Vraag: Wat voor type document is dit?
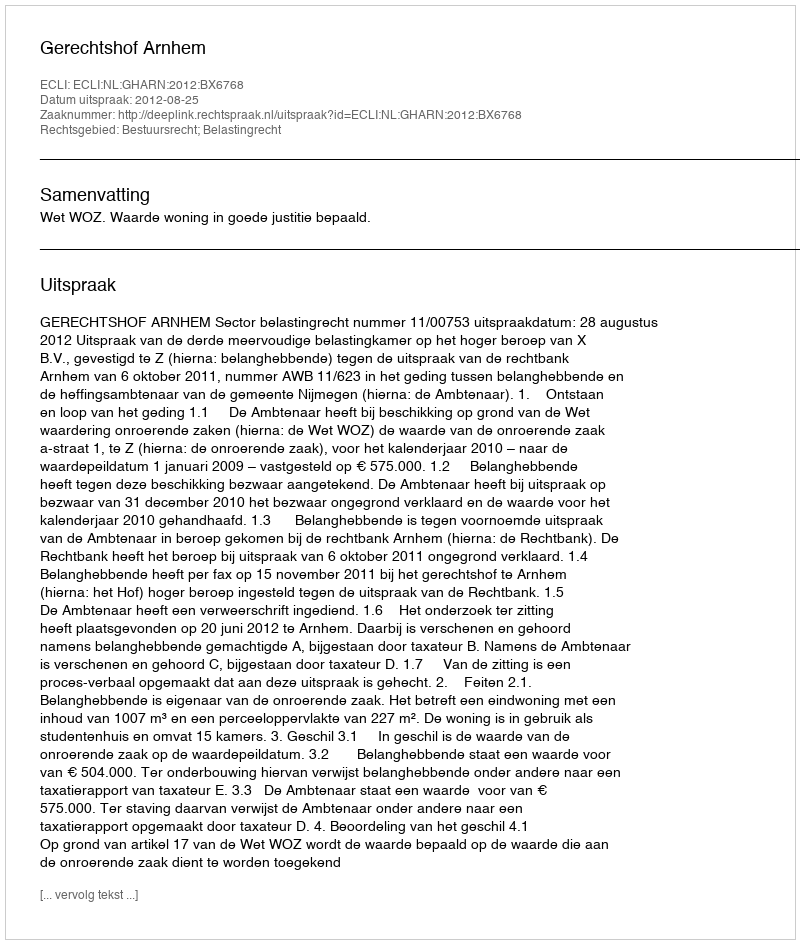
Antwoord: Uitspraak